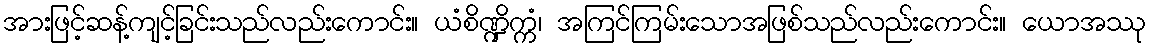
အားဖြင့်ဆန့်ကျင့်ခြင်းသည်လည်းကောင်း။ ယံစိဏ္ဍိက္ကံ၊ အကြင်ကြမ်းသောအဖြစ်သည်လည်းကောင်း။ ယောအဿု